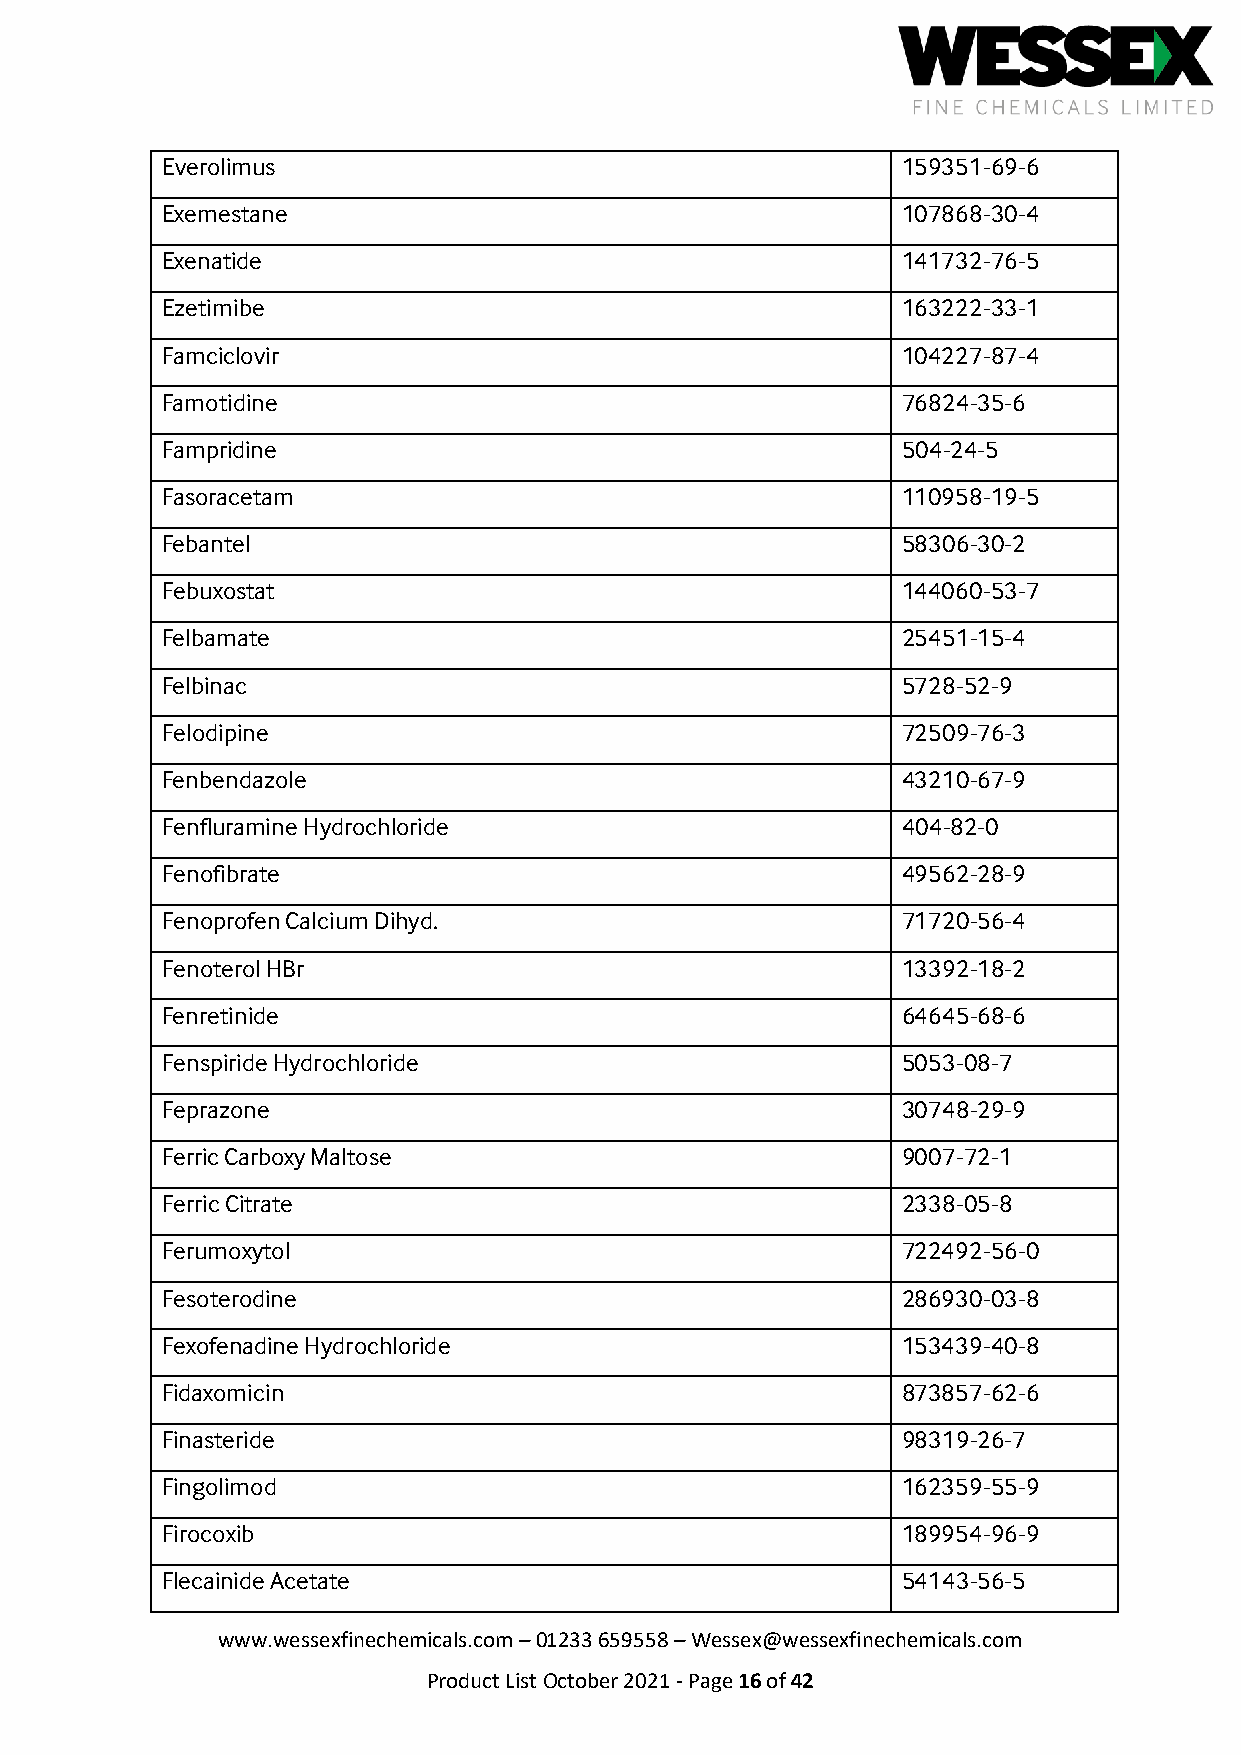
Everolimus                                       159351-69-6
 Exemestane                                       107868-30-4
 Exenatide                                        141732-76-5
 Ezetimibe                                        163222-33-1
 Famciclovir                                      104227-87-4
 Famotidine                                       76824-35-6
 Fampridine                                       504-24-5
 Fasoracetam                                      110958-19-5
 Febantel                                         58306-30-2
 Febuxostat                                       144060-53-7
 Felbamate                                        25451-15-4
 Felbinac                                         5728-52-9
 Felodipine                                       72509-76-3
 Fenbendazole                                     43210-67-9
 Fenfluramine Hydrochloride                       404-82-0
 Fenofibrate                                      49562-28-9
 Fenoprofen Calcium Dihyd.                        71720-56-4
 Fenoterol HBr                                    13392-18-2
 Fenretinide                                      64645-68-6
 Fenspiride Hydrochloride                         5053-08-7
 Feprazone                                        30748-29-9
 Ferric Carboxy Maltose                           9007-72-1
 Ferric Citrate                                   2338-05-8
 Ferumoxytol                                      722492-56-0
 Fesoterodine                                     286930-03-8
 Fexofenadine Hydrochloride                       153439-40-8
 Fidaxomicin                                      873857-62-6
 Finasteride                                      98319-26-7
 Fingolimod                                       162359-55-9
 Firocoxib                                        189954-96-9
 Flecainide Acetate                               54143-56-5
 www.wessexfinechemicals.com – 01233 659558 – Wessex@wessexfinechemicals.com
 Product List October 2021 - Page 16 of 42